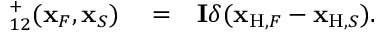
\begin{array} { r l r } { { \bf \Gamma } _ { 1 2 } ^ { + } ( { \bf x } _ { F } , { \bf x } _ { S } ) } & { { } = } & { { \bf I } \delta ( { \bf x } _ { \mathrm { H } , F } - { \bf x } _ { \mathrm { H } , S } ) . } \end{array}